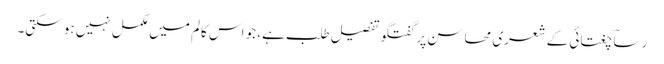
رساؔ چغتائی کے شعری محاسن پر گفتگو تفصیل طلب ہے، جو اس کالم میں مکمل نہیں ہو سکتی۔